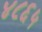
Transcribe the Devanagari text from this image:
४८६५